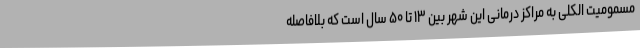
مسمومیت الکلی به مراکز درمانی این شهر بین ۱۳ تا ۵۰ سال است که بلافاصله